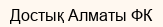
Достық Алматы ФК